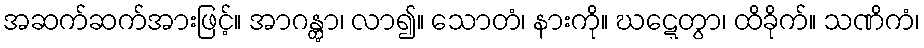
အဆက်ဆက်အားဖြင့်။ အာဂန္တွာ၊ လာ၍။ သောတံ၊ နားကို။ ဃဋ္ဋေတွာ၊ ထိခိုက်။ သဏိကံ၊